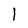
Character: 1